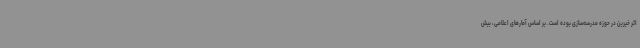
اثر خیرین در حوزه مدرسه‌سازی بوده است. بر اساس آمارهای اعلامی، بیش